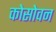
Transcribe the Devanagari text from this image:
कोसोवन